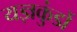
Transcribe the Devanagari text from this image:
यज्ञकुंडों